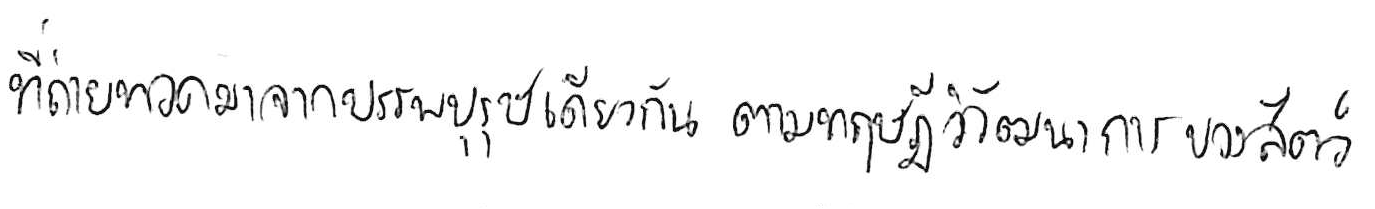
ที่ถ่ายทอดมาจากบรรพบุรุษเดียวกัน ตามทฤษฎีวิวัฒนาการของสัตว์